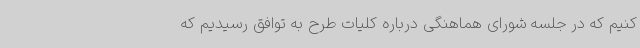
کنیم که در جلسه شورای هماهنگی درباره کلیات طرح به توافق رسیدیم که